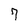
Character: 7